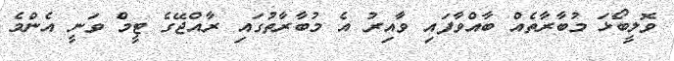
ވޮލީބޯޅަ މުބާރާތެއް ބާއްވާފައި ވާއިރު އެ މުބާރާތުގައި ރާއްޖޭގެ ޓީމް ވަނީ އެންމެ